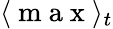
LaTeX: \langle\mathrm{~m~a~x~}\rangle_{t}